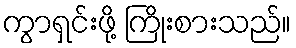
ကွာရှင်းဖို့ ကြိုးစားသည်။